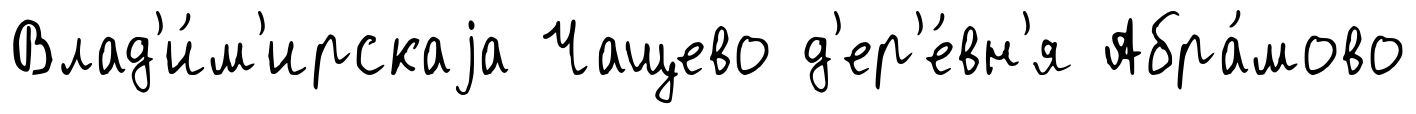
Влад'и́м'ирскаjа Чащево д'ер'е́вн'я Абра́мово